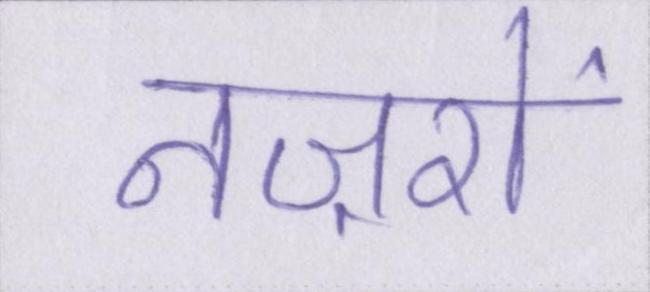
नज़रों